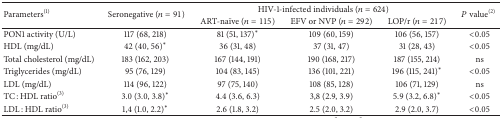
| <ROWSPAN=2> Parameters(1) | <ROWSPAN=2> Seronegative (n = 91) | <COLSPAN=3> HIV-1-infected individuals (n = 624) | <ROWSPAN=2> P value(2) |
 | ART-naïve (n = 115) | EFV or NVP (n = 292) | LOP/r (n = 217) |
 | --- | --- | --- | --- | --- | --- |
 | PON1 activity (U/L) | 117 (68, 218) | 81 (51, 137)* | 109 (60, 159) | 106 (56, 157) | <0.05 |
 | HDL (mg/dL) | 42 (40, 56)* | 36 (31, 48) | 37 (31, 47) | 31 (28, 43) | <0.05 |
 | Total cholesterol (mg/dL) | 183 (162, 203) | 167 (144, 191) | 190 (168, 217) | 187 (155, 214) | ns |
 | Triglycerides (mg/dL) | 95 (76, 129) | 104 (83, 145) | 136 (101, 221) | 196 (115, 241)* | <0.05 |
 | LDL (mg/dL) | 114 (96, 122) | 97 (75, 140) | 108 (85, 128) | 106 (71, 129) | ns |
 | TC : HDL ratio(3) | 3.0 (3.0, 3.8)* | 4.4 (3.6, 6.3) | 3,8 (2.9, 3.9) | 5.9 (3.2, 6.8)* | <0.05 |
 | LDL : HDL ratio(3) | 1,4 (1.0, 2.2)* | 2.6 (1.8, 3.2) | 2.5 (2.0, 3.2) | 2.9 (2.0, 3.7) | <0.05 |